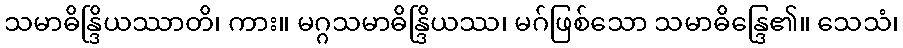
သမာဓိန္ဒြိယဿာတိ၊ ကား။ မဂ္ဂသမာဓိန္ဒြိယဿ၊ မဂ်ဖြစ်သော သမာဓိန္ဒြေ၏။ သေသံ၊